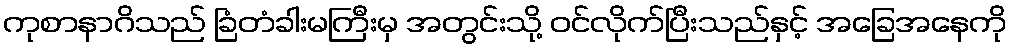
ကုစာနာဂိသည် ခြံတံခါးမကြီးမှ အတွင်းသို့ ဝင်လိုက်ပြီးသည်နှင့် အခြေအနေကို